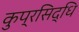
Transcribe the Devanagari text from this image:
कुप्रसिद्धि